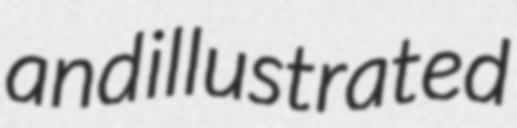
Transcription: and illustrated